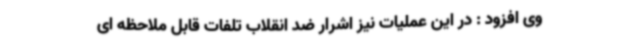
وی افزود : در این عملیات نیز اشرار ضد انقلاب تلفات قابل ملاحظه ای